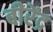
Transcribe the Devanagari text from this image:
बीरेंद्र